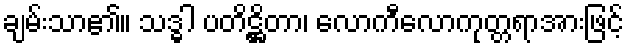
ချမ်းသာ၏။ သဒ္ဓါ ပတိဋ္ဌိတာ၊ လောကီလောကုတ္တရာအားဖြင့်